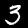
Digit: 3